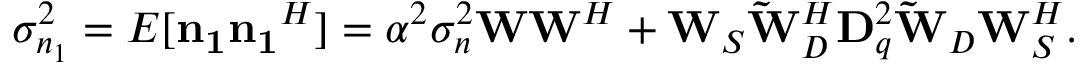
\begin{array} { r } { { \sigma _ { n _ { 1 } } ^ { 2 } } = E [ { \mathbf { n _ { 1 } } } { \mathbf { n _ { 1 } } } ^ { H } ] = \alpha ^ { 2 } \sigma _ { n } ^ { 2 } \mathbf { W } \mathbf { W } ^ { H } + \mathbf { W } _ { S } \mathbf { \tilde { W } } _ { D } ^ { H } \mathbf { D } _ { q } ^ { 2 } \mathbf { \tilde { W } } _ { D } \mathbf { W } _ { S } ^ { H } . } \end{array}